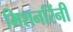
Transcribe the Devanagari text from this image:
मिशनरिंनी